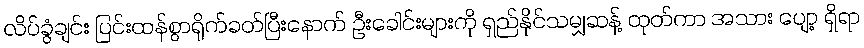
လိပ်ခွံချင်း ပြင်းထန်စွာရိုက်ခတ်ပြီးနောက် ဦးခေါင်းများကို ရှည်နိုင်သမျှဆန့် ထုတ်ကာ အသား ပျော့ ရှိရာ